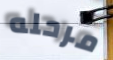
مرحله